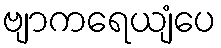
ဗျာကရေယျံပေ